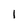
Character: 1